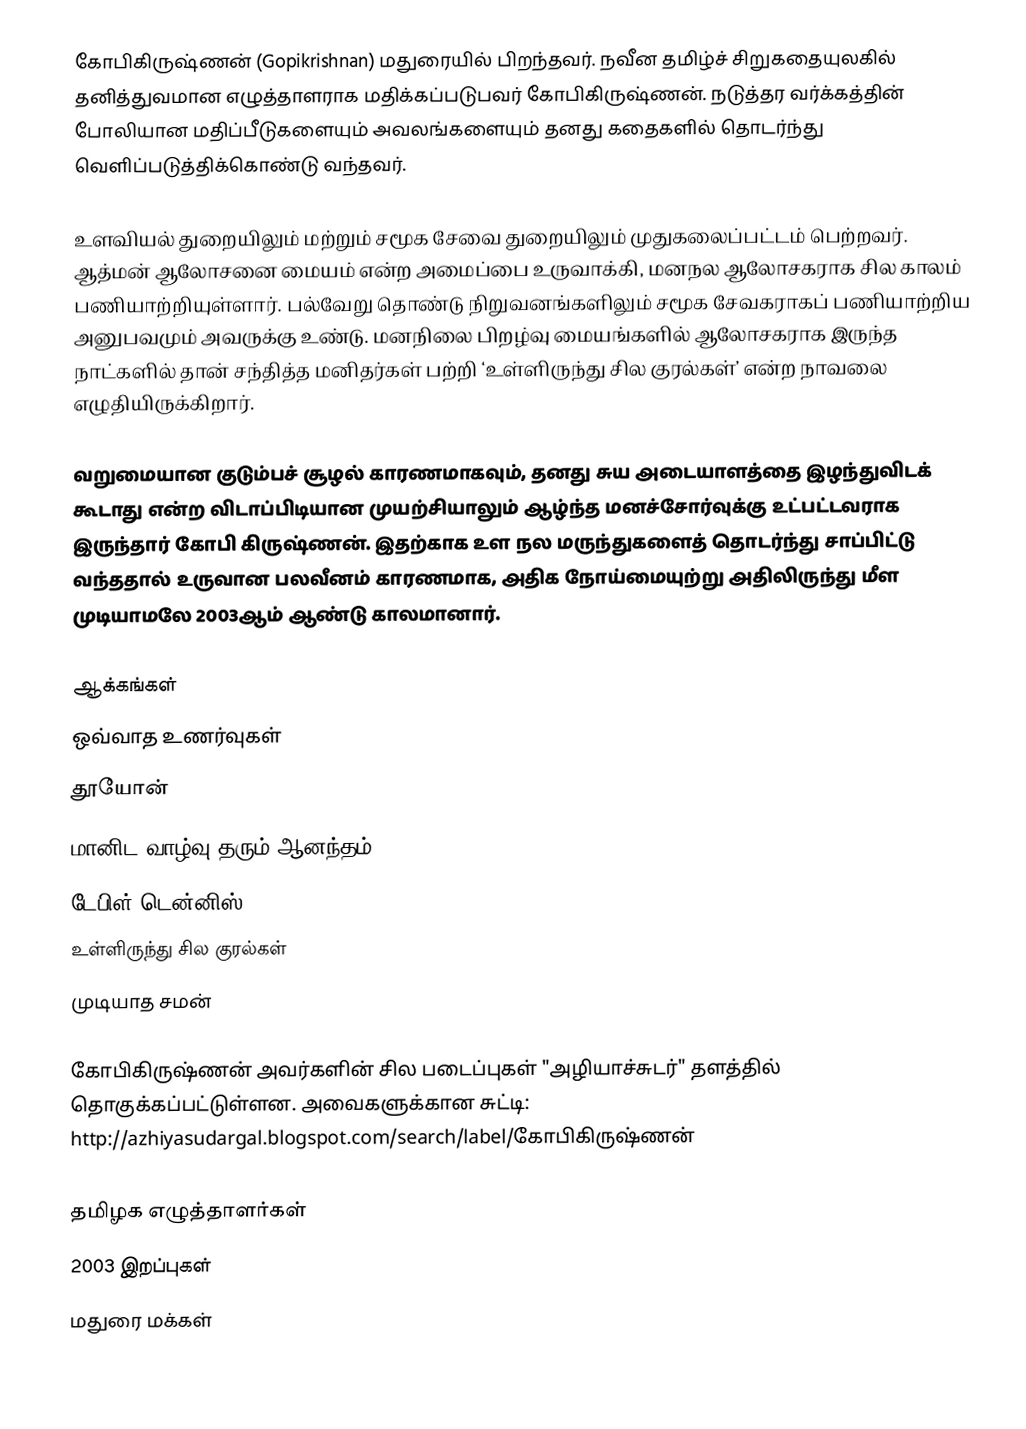
கோபிகிருஷ்ணன் (Gopikrishnan) மதுரையில் பிறந்தவர். நவீன தமிழ்ச் சிறுகதையுலகில் தனித்துவமான எழுத்தாளராக மதிக்கப்படுபவர் கோபிகிருஷ்ணன். நடுத்தர வர்க்கத்தின் போலியான மதிப்பீடுகளையும் அவலங்களையும் தனது கதைகளில் தொடர்ந்து வெளிப்படுத்திக்கொண்டு வந்தவர்.

உளவியல் துறையிலும் மற்றும் சமூக சேவை துறையிலும் முதுகலைப்பட்டம் பெற்றவர். ஆத்மன் ஆலோசனை மையம் என்ற அமைப்பை உருவாக்கி, மனநல ஆலோசகராக சில காலம் பணியாற்றியுள்ளார். பல்வேறு தொண்டு நிறுவனங்களிலும் சமூக சேவகராகப் பணியாற்றிய அனுபவமும் அவருக்கு உண்டு. மனநிலை பிறழ்வு மையங்களில் ஆலோசகராக இருந்த நாட்களில் தான் சந்தித்த மனிதர்கள் பற்றி ‘உள்ளிருந்து சில குரல்கள்’ என்ற நாவலை எழுதியிருக்கிறார்.

வறுமையான குடும்பச் சூழல் காரணமாகவும், தனது சுய அடையாளத்தை இழந்துவிடக் கூடாது என்ற விடாப்பிடியான முயற்சியாலும் ஆழ்ந்த மனச்சோர்வுக்கு உட்பட்டவராக இருந்தார் கோபி கிருஷ்ணன். இதற்காக உள நல மருந்துகளைத் தொடர்ந்து சாப்பிட்டு வந்ததால் உருவான பலவீனம் காரணமாக, அதிக நோய்மையுற்று அதிலிருந்து மீள முடியாமலே 2003ஆம் ஆண்டு காலமானார்.

ஆக்கங்கள்
 ஒவ்வாத உணர்வுகள்
 தூயோன்
 மானிட வாழ்வு தரும் ஆனந்தம்
 டேபிள் டென்னிஸ்
 உள்ளிருந்து சில குரல்கள்
  முடியாத சமன்

கோபிகிருஷ்ணன் அவர்களின் சில படைப்புகள் "அழியாச்சுடர்" தளத்தில் தொகுக்கப்பட்டுள்ளன. அவைகளுக்கான சுட்டி: http://azhiyasudargal.blogspot.com/search/label/கோபிகிருஷ்ணன்

தமிழக எழுத்தாளர்கள்
2003 இறப்புகள்
மதுரை மக்கள்